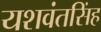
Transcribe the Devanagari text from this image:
यशवंतसिंह